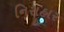
નિરાહાર